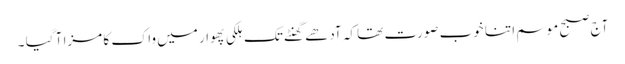
آج صبح موسم اتنا خوب صورت تھا کہ آدھے گھنٹے تک ہلکی پھوار میں واک کا مزا آ گیا ۔